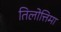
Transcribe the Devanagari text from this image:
तिलोत्तिमा